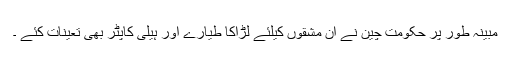
مبینہ طور پر حکومت چین نے ان مشقوں کیلئے لڑاکا طیارے اور ہیلی کاپٹر بھی تعینات کئے ۔